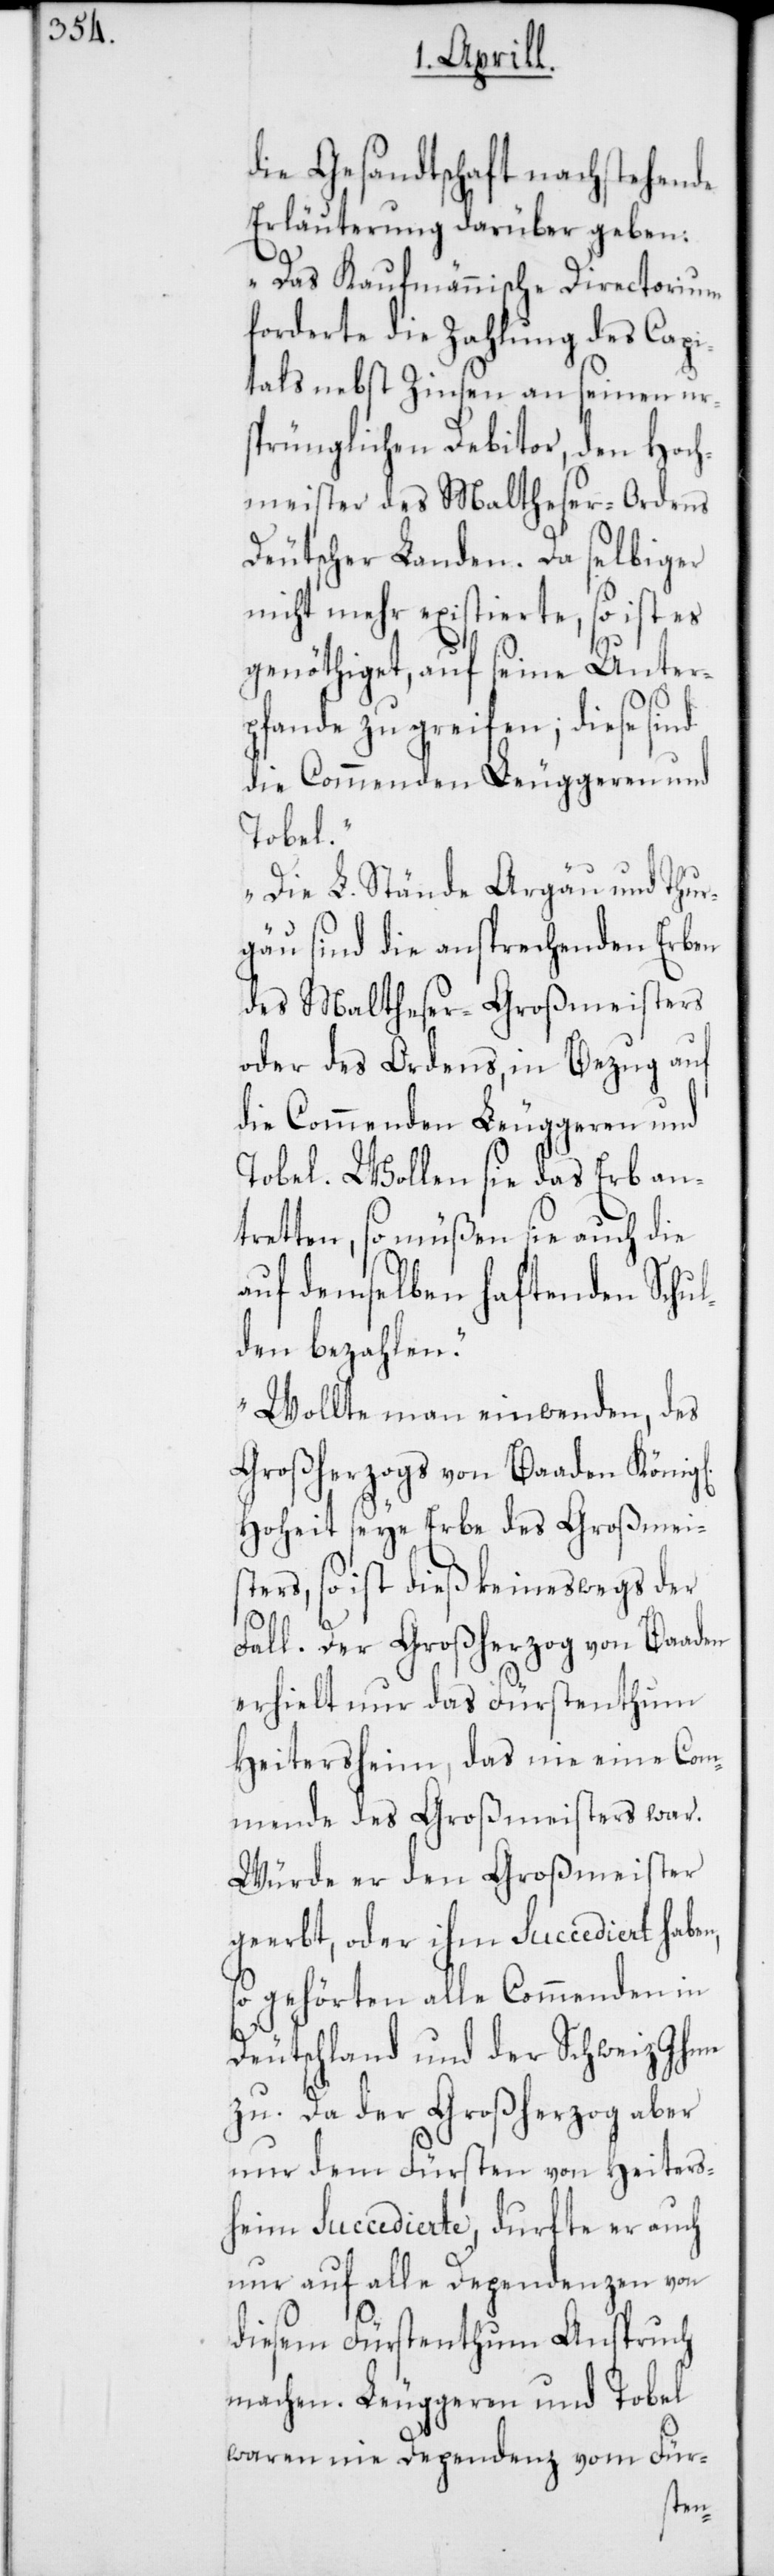
die Gesandtschaft nachstehende
Erläuterung darüber geben:
„Das Kaufmännische Directorium
forderte die Zahlung des Capi¬
tals nebst Zinsen an seinen ur¬
sprünglichen Debitor, den Hoch¬
meister des Maltheser-Ordens
Deutscher Landen. Da selbiger
nicht mehr existierte, so ist es
genöthiget, auf seine Unter¬
pfande zu greifen, diese sind
die Commenden Leuggern und
iche]
Die L. Stände Argau und Thur¬
gau sind die ansprechenden Erben
des Maltheser-Großmeisters
oder des Ordens, in Bezug auf
die Commenden Leuggern und
Tobel. Wollen sie das Erb an¬
tretten, so müßen sie auch die
auf demselben haftenden Schul¬
den bezahlen.
Wollte man einwenden, des
Großherzogs von Baaden König[l¬
Hoheit seye Erbe des Großmei¬
sters, so ist dieß keineswegs der
Fall. Der Großherzog von Baaden
erhielt nur das Fürstenthum
Heitersheim, das nie eine Com¬
mende des Großmeisters war.
Würde er den Großmeister
geerbt oder ihm Succediert haben,
so gehörten alle Commenden in
Deutschland und der Schweiz Ihm
zu. Da der Großherzog aber
nur dem Fürsten von Heiters¬
heim Succedierte, durfte er auch
nur auf alle Dependenzen von
diesem Fürstenthum Anspruch
machen. Leuggern und Tobel
waren nie Dependenz vom Für-